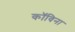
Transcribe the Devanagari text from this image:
कॉविना